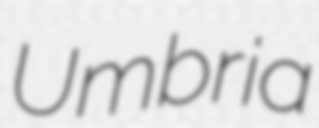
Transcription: Umbria